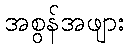
အစွန်အဖျား